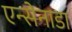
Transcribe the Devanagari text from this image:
एन्सेनाडा